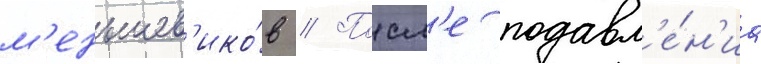
м'еньшев'ико́в // Посл'е подавл'е́н'иа